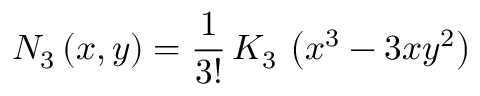
N _ { 3 } \left( x , y \right) = \frac { 1 } { 3 ! } \, K _ { 3 } \, \left( x ^ { 3 } - 3 x y ^ { 2 } \right)